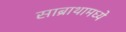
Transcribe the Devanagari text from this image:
साब्राथामध्ये